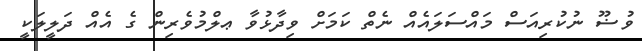
ވުޟޫ ނުކުރިއަސް މައްސަލައެއް ނެތް ކަމަށް ވިދާޅުވާ ޢލްމުވެރިން ގެ އެއް ދަލީލަކީ